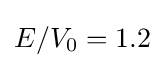
E/V_{0}=1.2